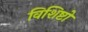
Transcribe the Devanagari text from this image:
विशिष्टो